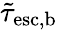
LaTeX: \tilde{\tau}_{\mathrm{esc,b}}